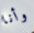
وأنا